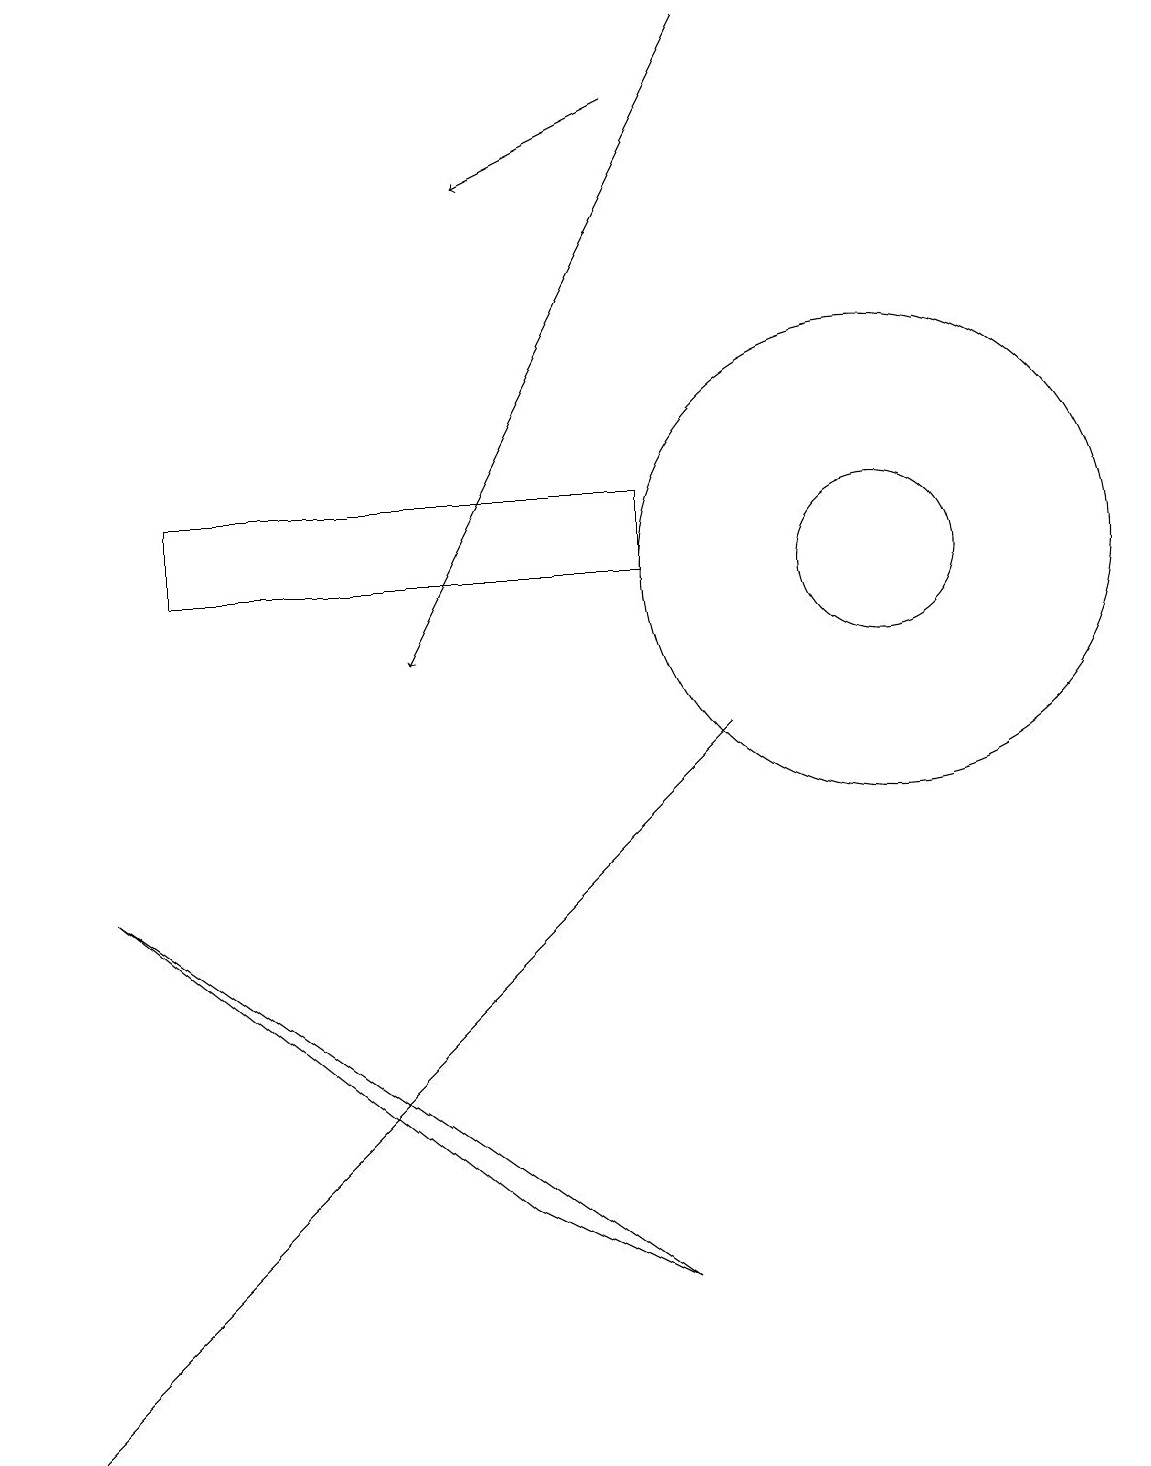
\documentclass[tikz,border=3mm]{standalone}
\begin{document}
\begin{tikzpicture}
\draw (11,11) circle (3);
\draw (8,12) rectangle (2,11);
\draw[->] (9,18) -- (5,10);
\draw (9,9) -- (4,4) -- (0,0) -- cycle;
\draw[->] (8,17) -- (6,16);
\draw (1,7) -- (6,3) -- (8,2) -- cycle;
\draw (11,11) circle (1);
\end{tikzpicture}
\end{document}